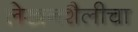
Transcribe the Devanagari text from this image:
लेखनशैलीचा